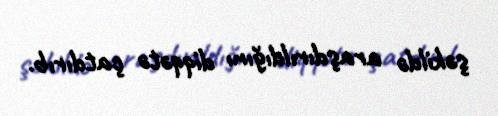
şəkildə araşdırıldığını diqqətə çatdırıb.